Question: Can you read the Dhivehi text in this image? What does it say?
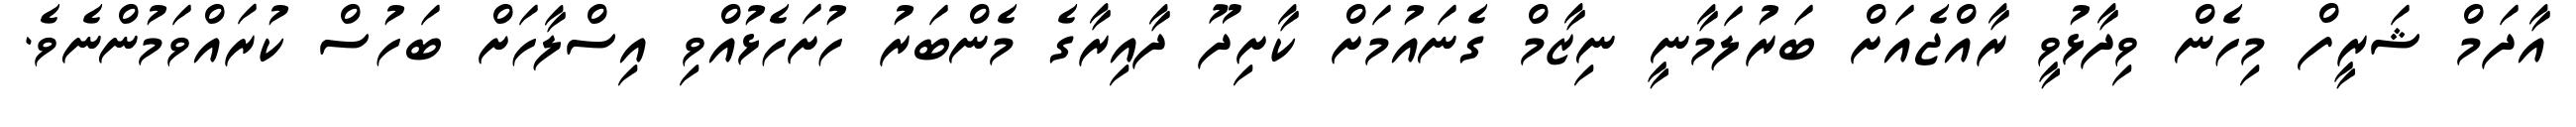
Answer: އާދަމް ޝަރީފް މިހެން ވިދާޅުވީ ރާއްޖެއަށް ބަރުލަމާނީ ނިޒާމް ގެނައުމަށް ކާށިދޫ ދާއިރާގެ މެންބަރު ހުށަހެޅުއްވި އިސްލާހަށް ބަހުސް ކުރައްވަމުންނެވެ.